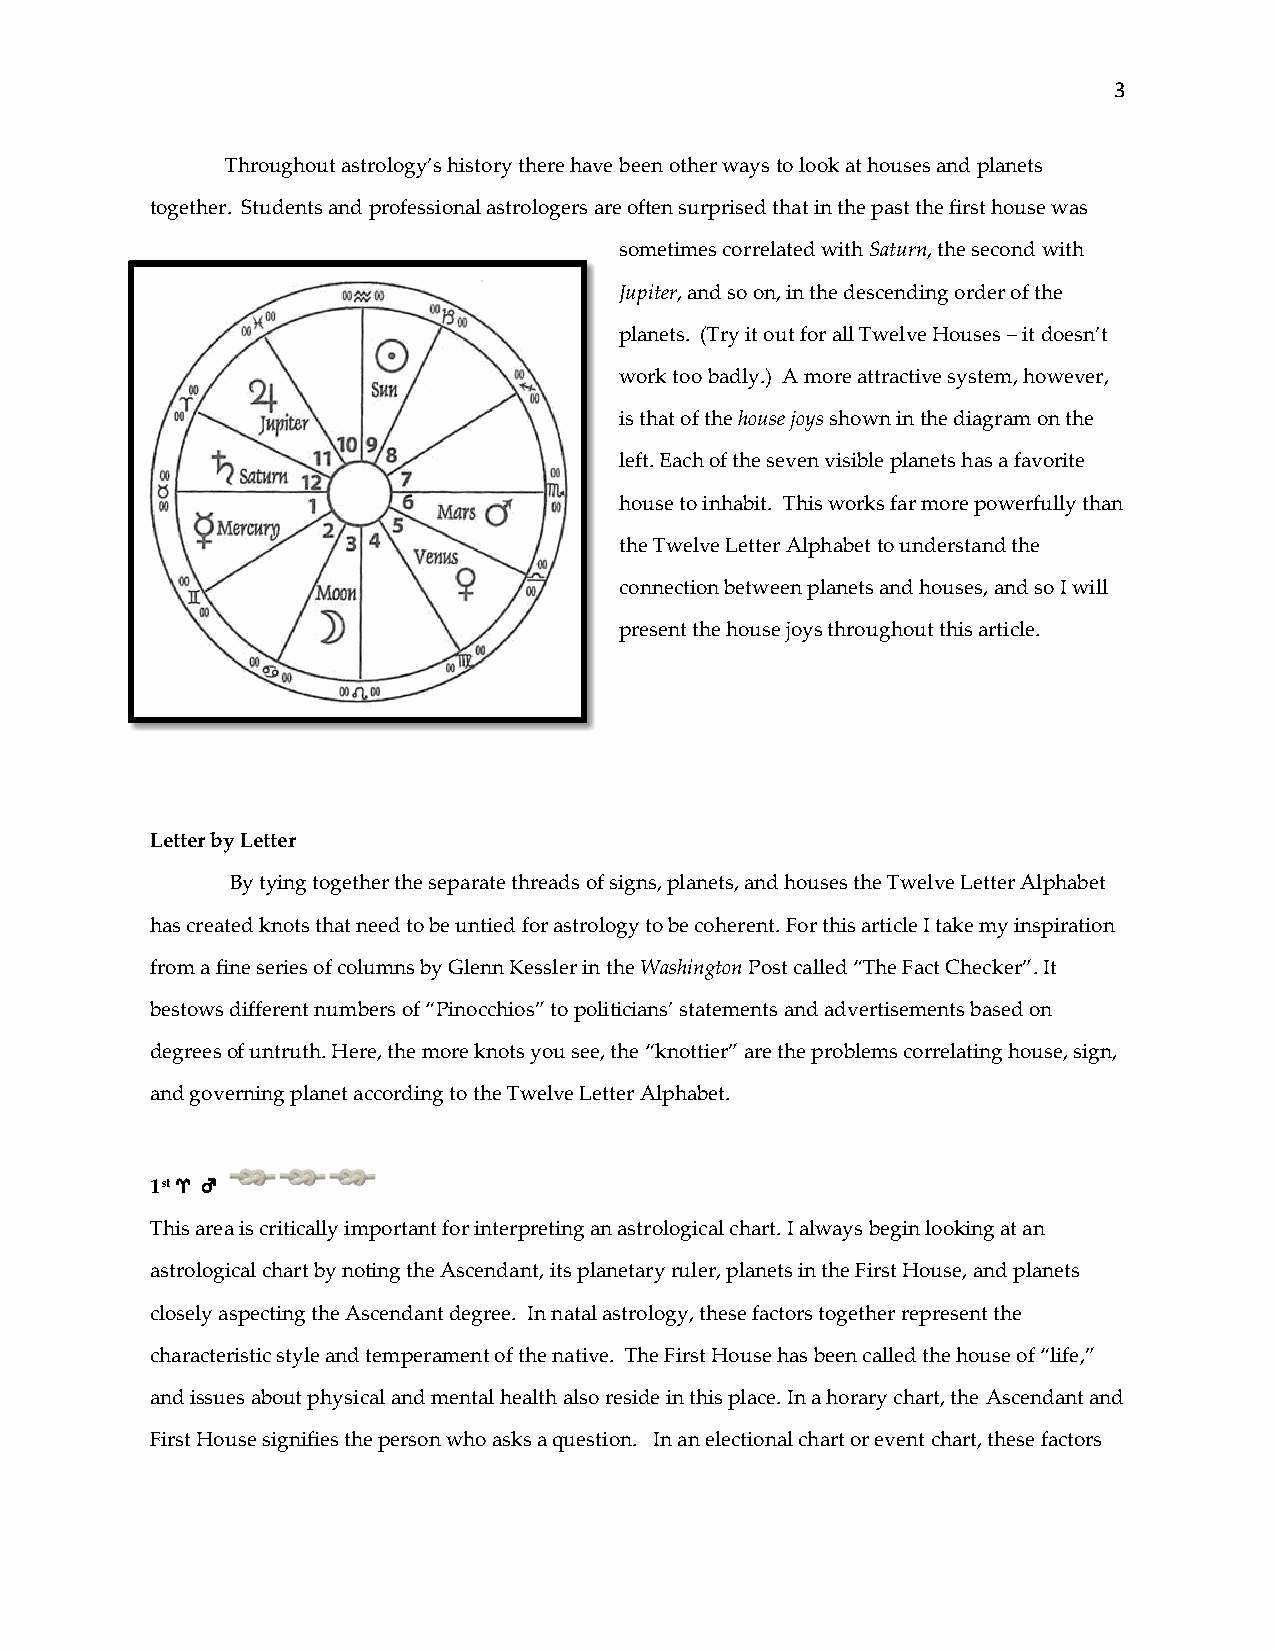
3
 Throughout astrology’s history there have been other ways to look at houses and planets
 together. Students and professional astrologers are often surprised that in the past the first house was
 sometimes correlated with Saturn, the second with
 Jupiter, and so on, in the descending order of the
 planets. (Try it out for all Twelve Houses – it doesn’t
 work too badly.) A more attractive system, however,
 is that of the house joys shown in the diagram on the
 left. Each of the seven visible planets has a favorite
 house to inhabit. This works far more powerfully than
 the Twelve Letter Alphabet to understand the
 connection between planets and houses, and so I will
 present the house joys throughout this article.
 Letter by Letter
 By tying together the separate threads of signs, planets, and houses the Twelve Letter Alphabet
 has created knots that need to be untied for astrology to be coherent. For this article I take my inspiration
 from a fine series of columns by Glenn Kessler in the Washington Post called “The Fact Checker”. It
 bestows different numbers of “Pinocchios” to politicians’ statements and advertisements based on
 degrees of untruth. Here, the more knots you see, the “knottier” are the problems correlating house, sign,
 and governing planet according to the Twelve Letter Alphabet.
 1st q g
 This area is critically important for interpreting an astrological chart. I always begin looking at an
 astrological chart by noting the Ascendant, its planetary ruler, planets in the First House, and planets
 closely aspecting the Ascendant degree. In natal astrology, these factors together represent the
 characteristic style and temperament of the native. The First House has been called the house of “life,”
 and issues about physical and mental health also reside in this place. In a horary chart, the Ascendant and
 First House signifies the person who asks a question. In an electional chart or event chart, these factors